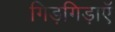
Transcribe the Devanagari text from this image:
गिड़गिड़ाएॅ